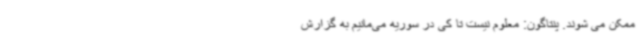
ممکن می شوند. پنتاگون: معلوم نیست تا کی در سوریه می‌مانیم به گزارش